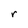
Character: r